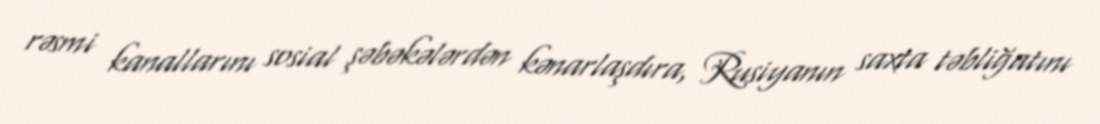
rəsmi kanallarını sosial şəbəkələrdən kənarlaşdıra, Rusiyanın saxta təbliğatını